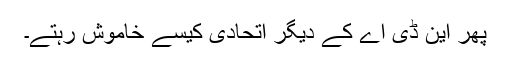
پھر این ڈی اے کے دیگر اتحادی کیسے خاموش رہتے۔